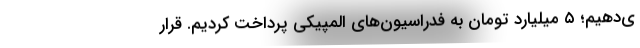
ی‌دهیم؛ ۵ میلیارد تومان به فدراسیون‌های المپیکی پرداخت کردیم. قرار